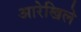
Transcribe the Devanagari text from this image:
आरेखिले